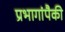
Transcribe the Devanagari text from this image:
प्रभागांपैकी